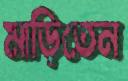
মাড়িতেন